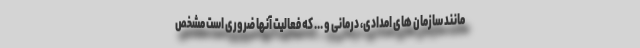
مانند سازمان های امدادی، درمانی و ... که فعالیت آنها ضروری است مشخص